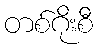
တစ်ဂိုးစီ